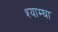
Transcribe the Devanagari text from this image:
श्याम्घा